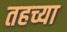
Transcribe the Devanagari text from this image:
तहच्या